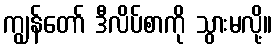
ကျွန်တော် ဒီလိပ်စာကို သွားမလို့။